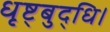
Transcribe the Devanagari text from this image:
धृष्ट्बुद्धि।